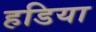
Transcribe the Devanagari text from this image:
हडिया